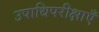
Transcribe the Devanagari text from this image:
उपाधिपरीक्षाएँ